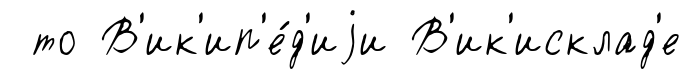
то В'ик'ип'е́д'иjи В'ик'исклад'е